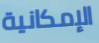
الإمكانية